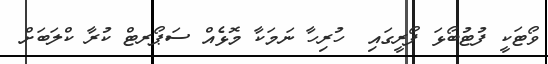
ވޯޓަކީ ފުޓުބޯޅަ ފޯރީގައި  ހުރިހާ ނަމަކާ މޮޅެއް ސަޕޯރޓް ކުރާ ކްލަބަށް